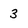
Character: 3